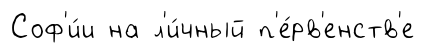
Соф'и́и на л'и́чный п'е́рв'енств'е